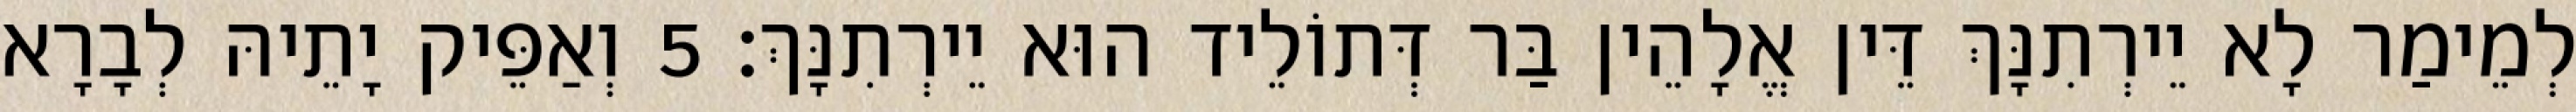
לְמֵימַר לָא יֵירְתִנָּךְ דֵּין אֱלָהֵין בַּר דְּתוֹלֵיד הוּא יֵירְתִנָּךְ׃ 5 וְאַפֵּיק יָתֵיהּ לְבָרָא